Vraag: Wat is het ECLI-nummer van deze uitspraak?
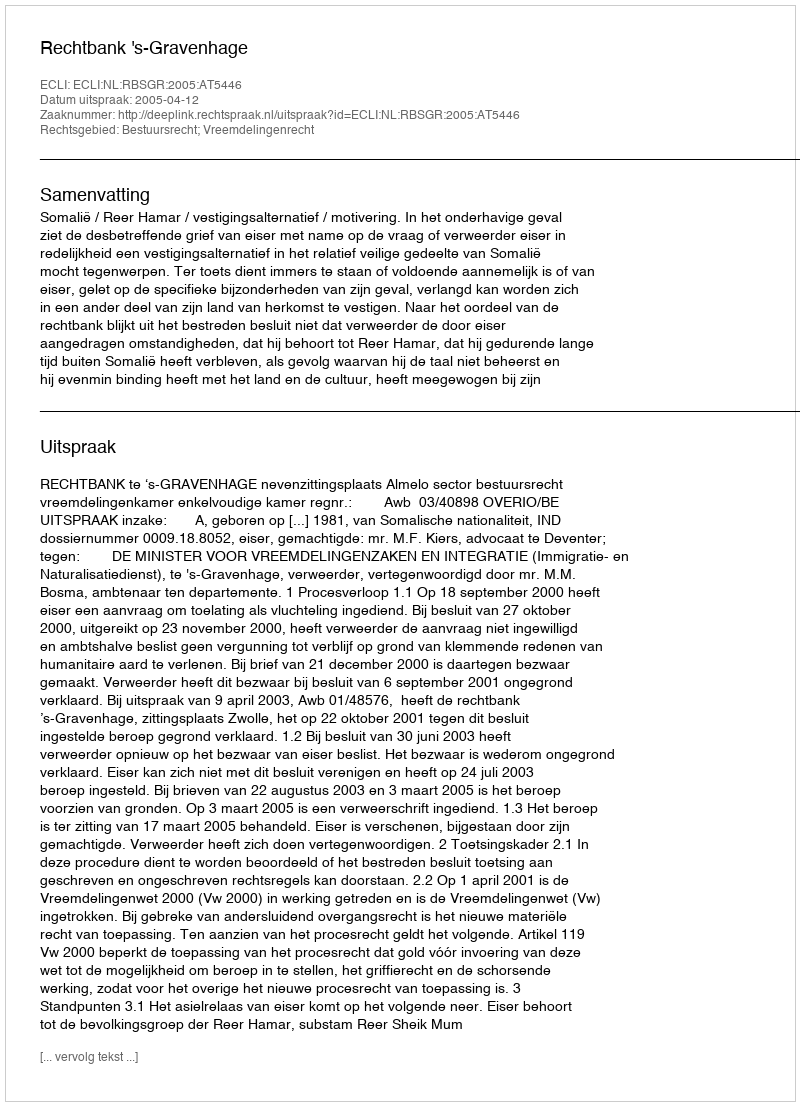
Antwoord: ECLI:NL:RBSGR:2005:AT5446